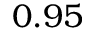
0 . 9 5